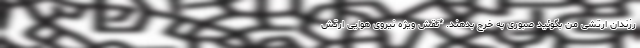
رزندان ارتشی من بگوئید صبوری به خرج بدهند. *نقش ویژه نیروی هوایی ارتش